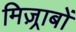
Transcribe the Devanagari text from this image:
मिज़्राबों